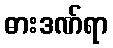
ဓားဒဏ်ရာ